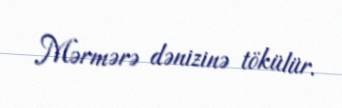
Mərmərə dənizinə tökülür.